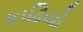
કાઢિયો